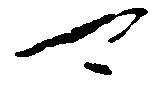
可